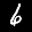
Label: 6